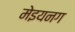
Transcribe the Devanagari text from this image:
मेइयनग